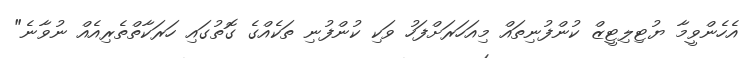
އެހެންވީމާ ޔުޓިލިޓީޒް ކުންފުނިތައް މިއަހަރަށްފަހު ވަކި ކުންފުނި ތަކެއްގެ ގޮތުގައި ހަރަކާތްތެރިއެއް ނުވާނެ"